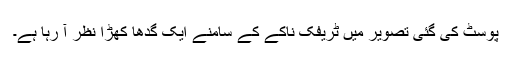
پوسٹ کی گئی تصویر میں ٹریفک ناکے کے سامنے ایک گدھا کھڑا نظر آ رہا ہے۔